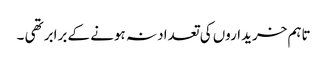
تاہم خریداروں کی تعداد نہ ہونے کے برابر تھی ۔